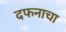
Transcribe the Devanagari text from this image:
दफनाचा